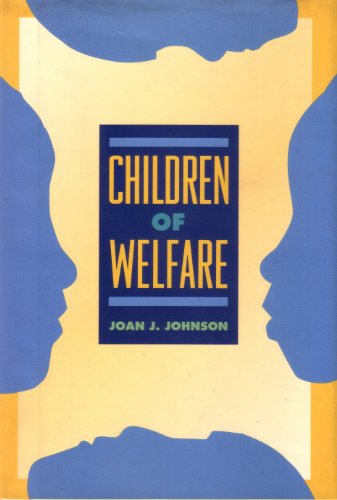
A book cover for Children Of Welfare; Joan J. Johnson; Teen & Young Adult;